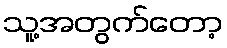
သူ့အတွက်တော့